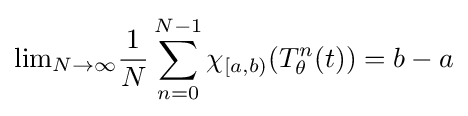
{\text{lim}}_{N\to \infty }{\frac {1}{N}}\sum _{n=0}^{N-1}\chi _{[a,b)}(T_{\theta }^{n}(t))=b-a